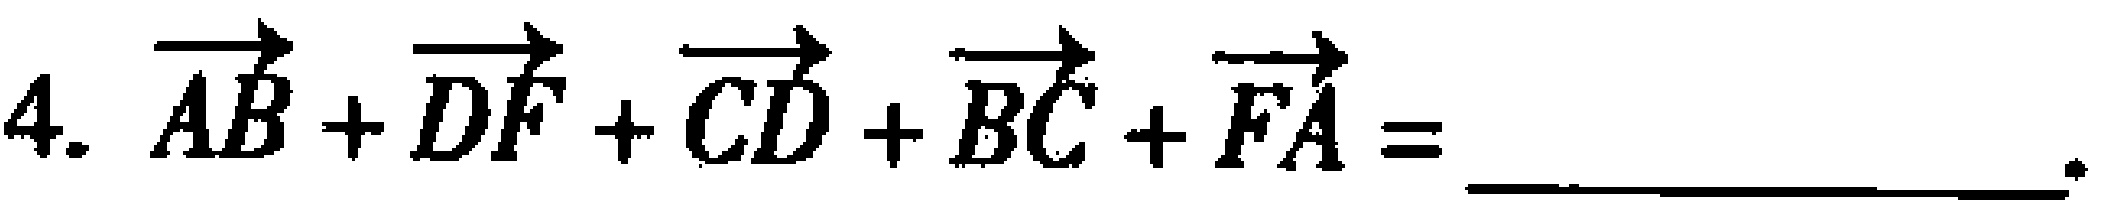
4. $\overrightarrow{AB}+\overrightarrow{DF}+\overrightarrow{CD}+\overrightarrow{BC}+\overrightarrow{FA}=$ ____________ 。